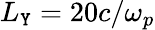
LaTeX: L_{\mathtt{Y}}=20c/\omega_{p}